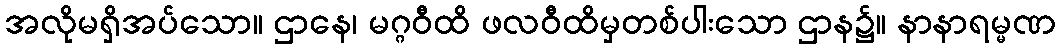
အလိုမရှိအပ်သော။ ဌာနေ၊ မဂ္ဂဝီထိ ဖလဝီထိမှတစ်ပါးသော ဌာန၌။ နာနာရမ္မဏ